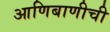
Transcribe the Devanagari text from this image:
आणिबाणीची